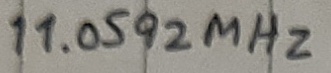
Text: 11.0592MHz